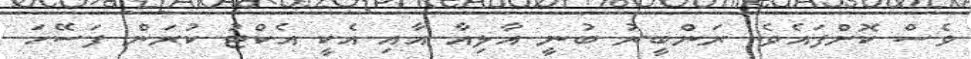
ވެސް ކޮށްފައެވެ. ރަންބީރު ބުނީ އާލިއާ އާއި އެކީ އެކްޓު ކުރަން ފަސޭހަ